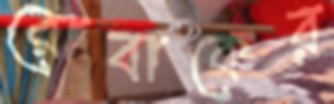
রোবাকের